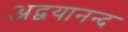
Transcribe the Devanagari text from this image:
अद्वयानन्द